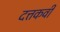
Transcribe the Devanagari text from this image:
दत्तकवी